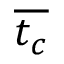
\overline { { t _ { c } } }